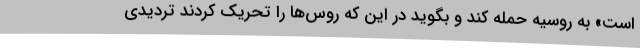
است» به روسیه حمله کند و بگوید در این که روس‌ها را تحریک کردند تردیدی